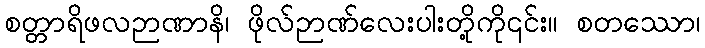
စတ္တာရိဖလဉာဏာနိ၊ ဖိုလ်ဉာဏ်လေးပါးတို့ကို၎င်း။ စတဿော၊